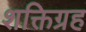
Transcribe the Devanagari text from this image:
शक्तिग्रह